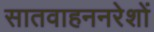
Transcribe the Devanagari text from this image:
सातवाहननरेशों